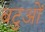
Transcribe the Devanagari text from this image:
बटुओं